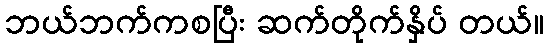
ဘယ်ဘက်ကစပြီး ဆက်တိုက်နှိပ် တယ်။